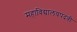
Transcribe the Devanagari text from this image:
महाविद्यालयपदवी